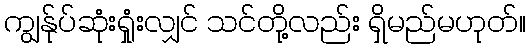
ကျွန်ုပ်ဆုံးရှုံးလျှင် သင်တို့လည်း ရှိမည်မဟုတ်။